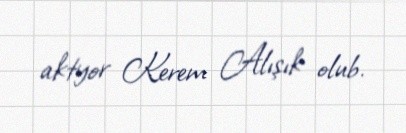
aktyor Kerem Alışık olub.